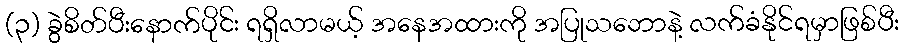
(၃) ခွဲစိတ်ပီးနောက်ပိုင်း ရရှိလာမယ့် အနေအထားကို အပြုသဘောနဲ့ လက်ခံနိုင်ရမှာဖြစ်ပီး